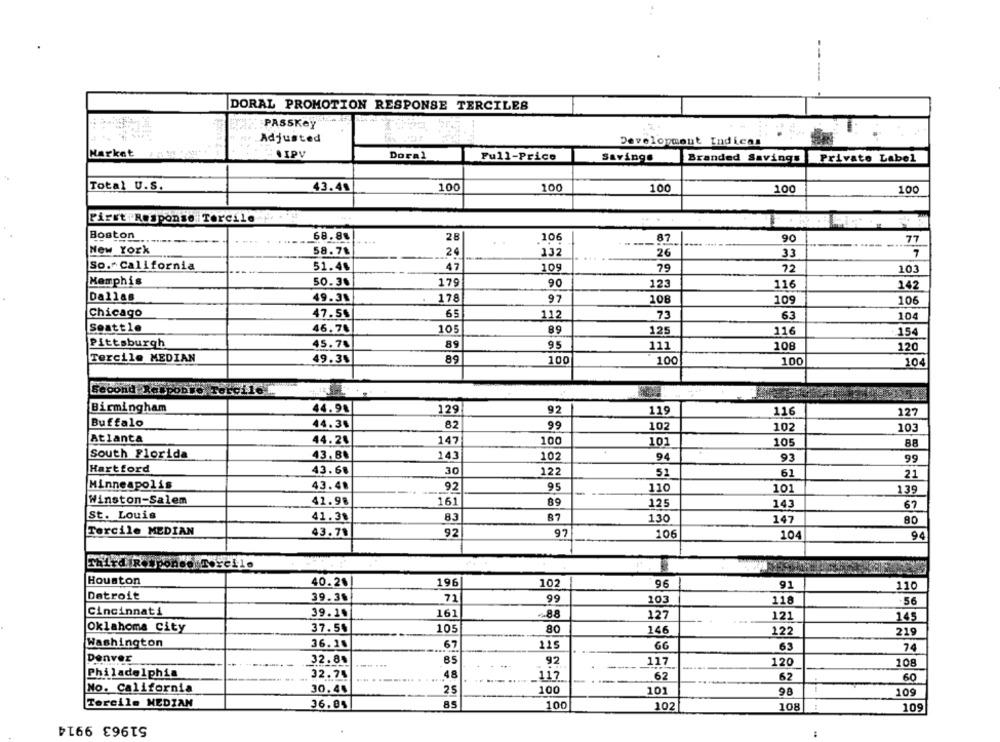
DORAL PROMOTION RESPONSE TERCILES
PASSKAY
Adjusted
Development Indicas
Narket
.IPV
Doral
Full-Price
Savings
Branded Savings
Private Label
Total U.S.
43.49
100
100
100
100
100
First Response Tercile .
Boston
68.84
28
90
77
--
.106
87
New York
58.78
132
26
33
24
So. California
51.48
47
109
79
72
103
Memphis
50.38
179
90
116
123
142
Dallas
49.35
178
97
108
109
106
Chicago
47.5$
65
112
73
63
104
Seattle
46.78
105
89
125
116
154
Pittsburgh
45.78
89
95
111
108
120
Tercile MEDIAN
49.35
89
100
100
100
104
Second Response Terci
Birmingham
44.98
129
92
119
116
127
Buffalo
44.34
82
99
102
102
103
Atlanta
44.24
147
100
101
105
88
South Florida
143
102
94
93
99
Hartford
43.68
30
122
51
61
21
Minneapolis
43.48
92
95
110
101
1.39
Winston-Salem
41.98
161
89
125
143
67
St. Louis
41.38
83
87
130
147
80
Tercile MEDIAN
43.78
92
97
106
104
94
Third RespondeuTercile
Houston
40.2%!
196
102
96
91
110
Detroit
39.38
71
99
103
118
56
Cincinnati
39.19
161
~88
127
121
145
Oklahoma City
37.5%
105
80
146
122
219
Washington
36.20
67
115
66
63
74
Denver
32.84
85
92
117
-*
120
108
Philadelphia
32.74
48
117
62
62
60
No. California
30.44
25
100
101
98
109
Tercile MEDIAN
36.85
85
100
102
108
109
51963 9914